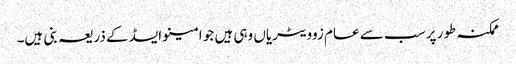
ممکنہ طور پر سب سے عام زوویٹریاں وہی ہیں جو امینو ایسڈ کے ذریعہ بنی ہیں۔